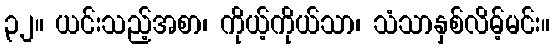
၃၂။ ယင်းသည့်အစာ၊ ကိုယ့်ကိုယ်သာ၊ သံသာနှစ်လိမ့်မင်း။